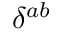
\delta ^ { a b }